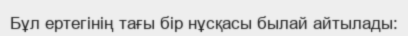
Бұл ертегінің тағы бір нұсқасы былай айтылады: